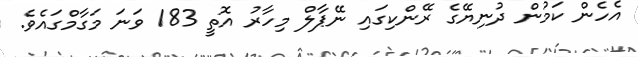
އެހެން ކަމުން ދުނިޔޭގެ ރޭންކިގައި ނޭޕާލް މިހާރު އޮތީ 183 ވަނަ މަގާމްގައެވެ.